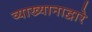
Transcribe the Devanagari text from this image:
व्याख्यानाद्वारे